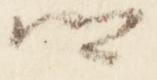
卿